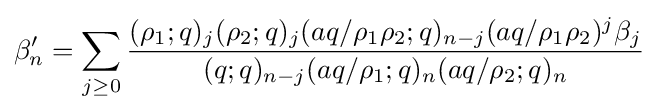
\beta _{n}^{\prime }=\sum _{j\geq 0}{\frac {(\rho _{1};q)_{j}(\rho _{2};q)_{j}(aq/\rho _{1}\rho _{2};q)_{n-j}(aq/\rho _{1}\rho _{2})^{j}\beta _{j}}{(q;q)_{n-j}(aq/\rho _{1};q)_{n}(aq/\rho _{2};q)_{n}}}